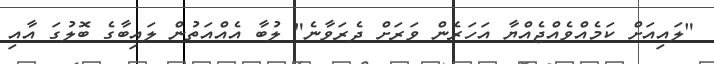
"ލައިއަށް ކަމެއްވެއްޖެއްޔާ އަހަރެން ވަރަށް ދެރަވާނެ" ލުބާ އެއްއަތުން ލައިބާގެ ބޮލުގަ އާއި